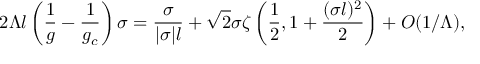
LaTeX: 2 \Lambda l \left( \frac { 1 } { g } - \frac { 1 } { g _ { c } } \right) \sigma = \frac { \sigma } { | \sigma | l } + \sqrt { 2 } \sigma \zeta \left( \frac { 1 } { 2 } , 1 + \frac { ( \sigma l ) ^ { 2 } } { 2 } \right) + O ( 1 / \Lambda ) ,